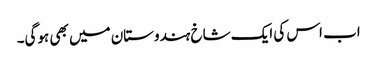
اب اس کی ایک شاخ ہندوستان میں بھی ہوگی۔